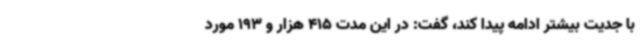
با جدیت بیشتر ادامه پیدا کند، گفت: در این مدت 415 هزار و 193 مورد